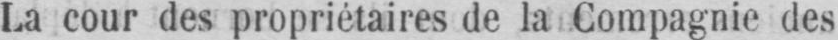
La cour des propriétaires de la Compagnie des